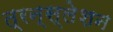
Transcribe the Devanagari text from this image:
त्रन्स्लेशन